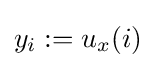
y_{i}:=u_{x}(i)